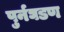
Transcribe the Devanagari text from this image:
पुर्नघडण